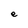
Character: e